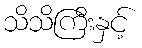
သိသိကြီးနှင့်